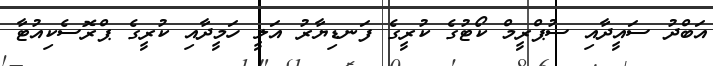
އަބްދު ސައީދާއި ސުޕްރީމް ކޯޓުގެ ކުރީގެ ފަނޑިޔާރު އަލީ ހަމީދާއި ކުރީގެ ޕްރޮސެކިއުޓާ